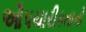
ઔપચારીકતાનો